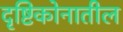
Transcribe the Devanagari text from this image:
दृष्टिकोनातील